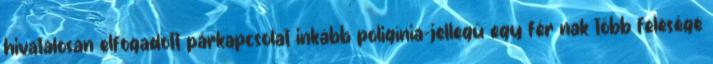
hivatalosan elfogadott párkapcsolat inkább poligínia-jellegű egy férﬁnak több felesége